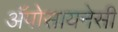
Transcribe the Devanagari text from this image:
अॅपोसायनेसी